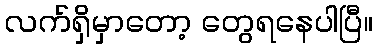
လက်ရှိမှာတော့ တွေရနေပါပြီ။